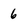
Character: 6